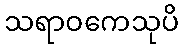
သရာဝကေသုပိ